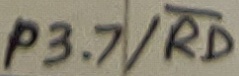
Text: P3.7/RD